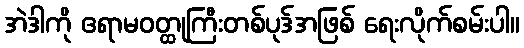
အဲဒါကို ဧရာမဝတ္ထုကြီးတစ်ပုဒ်အဖြစ် ရေးလိုက်စမ်းပါ။